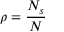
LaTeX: \rho = { \frac { N _ { s } } { N } }